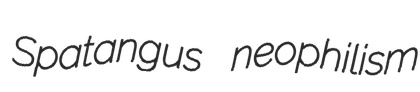
Spatangus neophilism